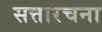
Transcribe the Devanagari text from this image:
सत्तारचना